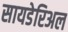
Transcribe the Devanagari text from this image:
सायडेरिअल